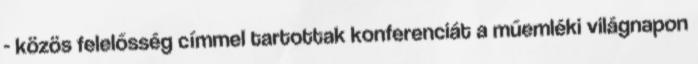
- közös felelősség címmel tartottak konferenciát a műemléki világnapon